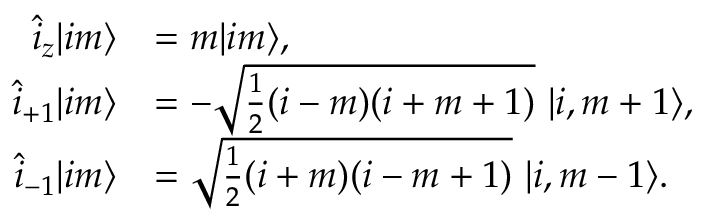
\begin{array} { r l } { \hat { i } _ { z } | i m \rangle } & { = m | i m \rangle , } \\ { \hat { i } _ { + 1 } | i m \rangle } & { = - \sqrt { \frac { 1 } { 2 } ( i - m ) ( i + m + 1 ) } \ | i , m + 1 \rangle , } \\ { \hat { i } _ { - 1 } | i m \rangle } & { = \sqrt { \frac { 1 } { 2 } ( i + m ) ( i - m + 1 ) } \ | i , m - 1 \rangle . } \end{array}